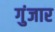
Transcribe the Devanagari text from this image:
गुंजार